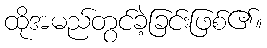
ထိုအမည်တွင်ခဲ့ခြင်းဖြစ်၏။